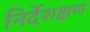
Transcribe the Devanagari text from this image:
निर्देशक्षण